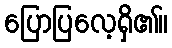
ပြောပြလေ့ရှိ၏။